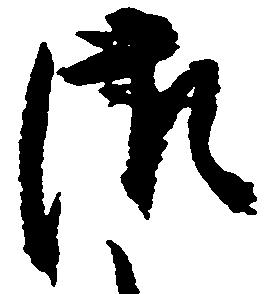
つ